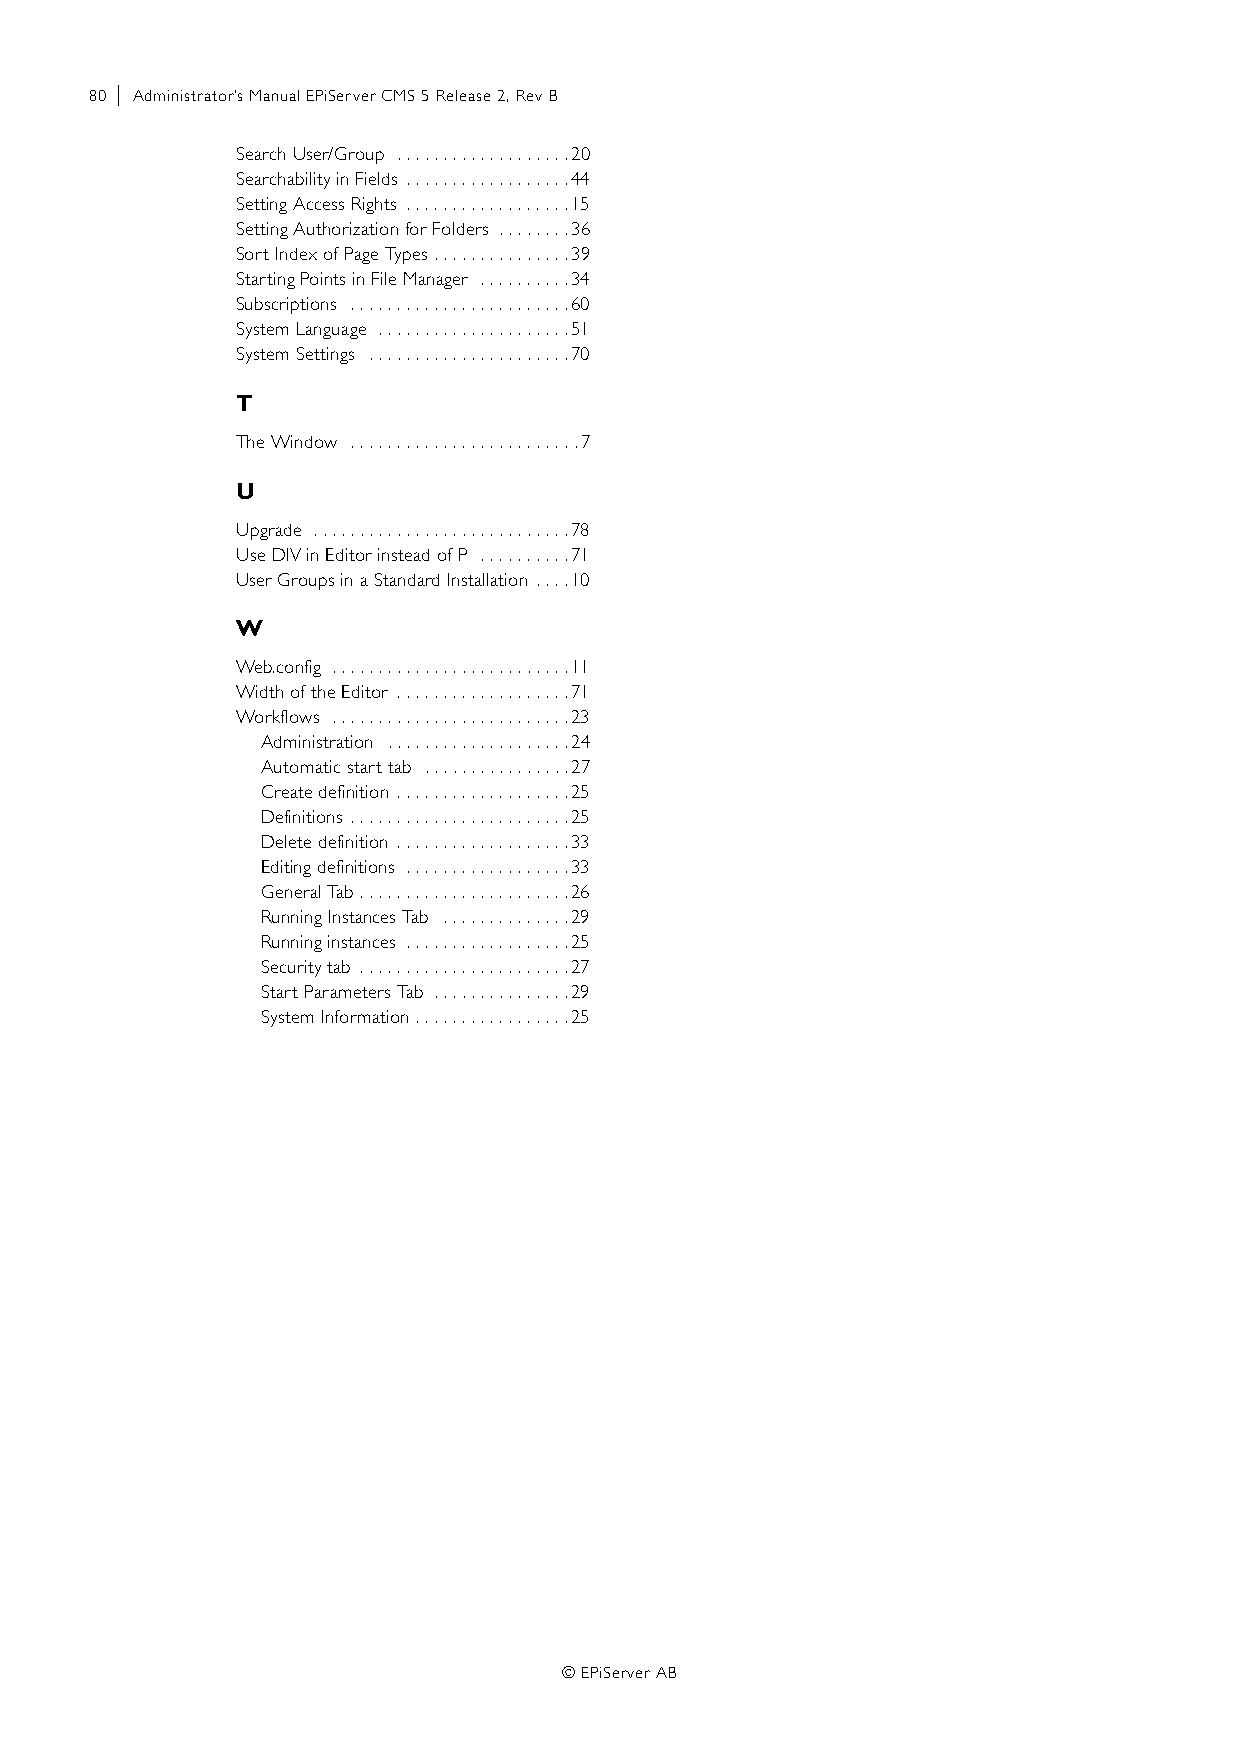
80 | Administrator’s Manual EPiServer CMS 5 Release 2, Rev B
 Search User/Group . . . . . . . . . . . . . . . . . . .20
 Searchability in Fields . . . . . . . . . . . . . . . . . .44
 Setting Access Rights . . . . . . . . . . . . . . . . . .15
 Setting Authorization for Folders . . . . . . . .36
 Sort Index of Page Types . . . . . . . . . . . . . . .39
 Starting Points in File Manager . . . . . . . . . .34
 Subscriptions . . . . . . . . . . . . . . . . . . . . . . . .60
 System Language . . . . . . . . . . . . . . . . . . . . .51
 System Settings . . . . . . . . . . . . . . . . . . . . . .70
 T
 The Window . . . . . . . . . . . . . . . . . . . . . . . . .7
 U
 Upgrade . . . . . . . . . . . . . . . . . . . . . . . . . . . .78
 Use DIV in Editor instead of P . . . . . . . . . .71
 User Groups in a Standard Installation . . . .10
 W
 Web.config . . . . . . . . . . . . . . . . . . . . . . . . . .11
 Width of the Editor . . . . . . . . . . . . . . . . . . .71
 Workflows . . . . . . . . . . . . . . . . . . . . . . . . . .23
 Administration . . . . . . . . . . . . . . . . . . . .24
 Automatic start tab . . . . . . . . . . . . . . . .27
 Create definition . . . . . . . . . . . . . . . . . . .25
 Definitions . . . . . . . . . . . . . . . . . . . . . . . .25
 Delete definition . . . . . . . . . . . . . . . . . . .33
 Editing definitions . . . . . . . . . . . . . . . . . .33
 General Tab . . . . . . . . . . . . . . . . . . . . . . .26
 Running Instances Tab . . . . . . . . . . . . . .29
 Running instances . . . . . . . . . . . . . . . . . .25
 Security tab . . . . . . . . . . . . . . . . . . . . . . .27
 Start Parameters Tab . . . . . . . . . . . . . . .29
 System Information . . . . . . . . . . . . . . . . .25
 © EPiServer AB